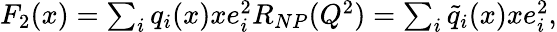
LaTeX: \begin{array}{clcr}{{F_{2}(x)=\sum_{i}q_{i}(x)xe_{i}^{2}R_{NP}(Q^{2})=\sum_{i}\tilde{q}_{i}(x)xe_{i}^{2},}}\end{array}